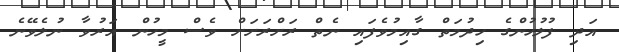
އަދި ފުލުހުންގެ ހިދުމަތް ގާއިމުވެފައި ނެތް ރަށްރަށަށް ވެސް މީހުން އަރުވާ ނުލެވޭނެ